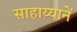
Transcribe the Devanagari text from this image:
साहाय्यानें